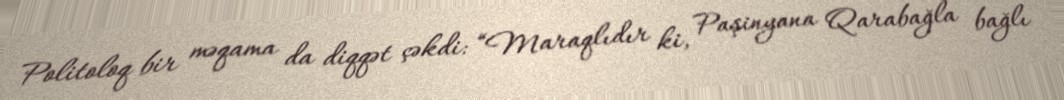
Politoloq bir məqama da diqqət çəkdi: “Maraqlıdır ki, Paşinyana Qarabağla bağlı